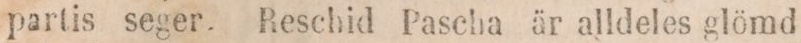
partis seger. Reschid Pascha är alldeles glömd